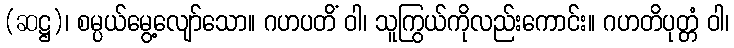
(ဆဋ္ဌ)၊ စမ္ပယ်မွေ့လျော်သော။ ဂဟပတိံ ဝါ၊ သူကြွယ်ကိုလည်းကောင်း။ ဂဟတိပုတ္တံ ဝါ၊